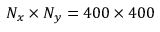
N _ { x } \times N _ { y } = 4 0 0 \times 4 0 0